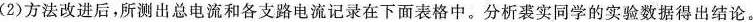
(2)方法改进后，所测出总电流和各支路电流记录在下面表格中。分析裘实同学的实验数据得出结论。